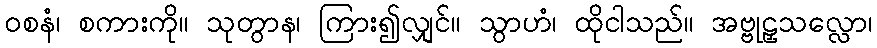
ဝစနံ၊ စကားကို။ သုတွာန၊ ကြား၍လျှင်။ သွာဟံ၊ ထိုငါသည်။ အဗ္ဗုဠှသလ္လော၊